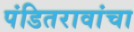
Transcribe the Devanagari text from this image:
पंडितरावांचा